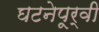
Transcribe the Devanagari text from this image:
घटनेपूर्वी